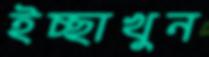
ইচ্ছাখুন